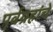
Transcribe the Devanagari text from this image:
पूर्वग्रहांचे